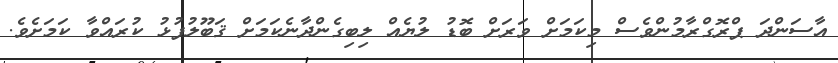
އާސަންދަ ޕްރޮގްރާމުންވެސް މިކަމަށް ވަރަށް ބޮޑު ލުޔެއް ލިބިގެންދާނެކަމަށް ޤަބޫލުފުޅު ކުރައްވާ ކަމަށެވެ.